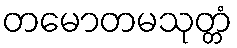
တမောတမသုတ္တံ